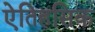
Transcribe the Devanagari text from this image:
एेतिहसिक